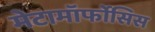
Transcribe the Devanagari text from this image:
मेटामॉर्फोसिस